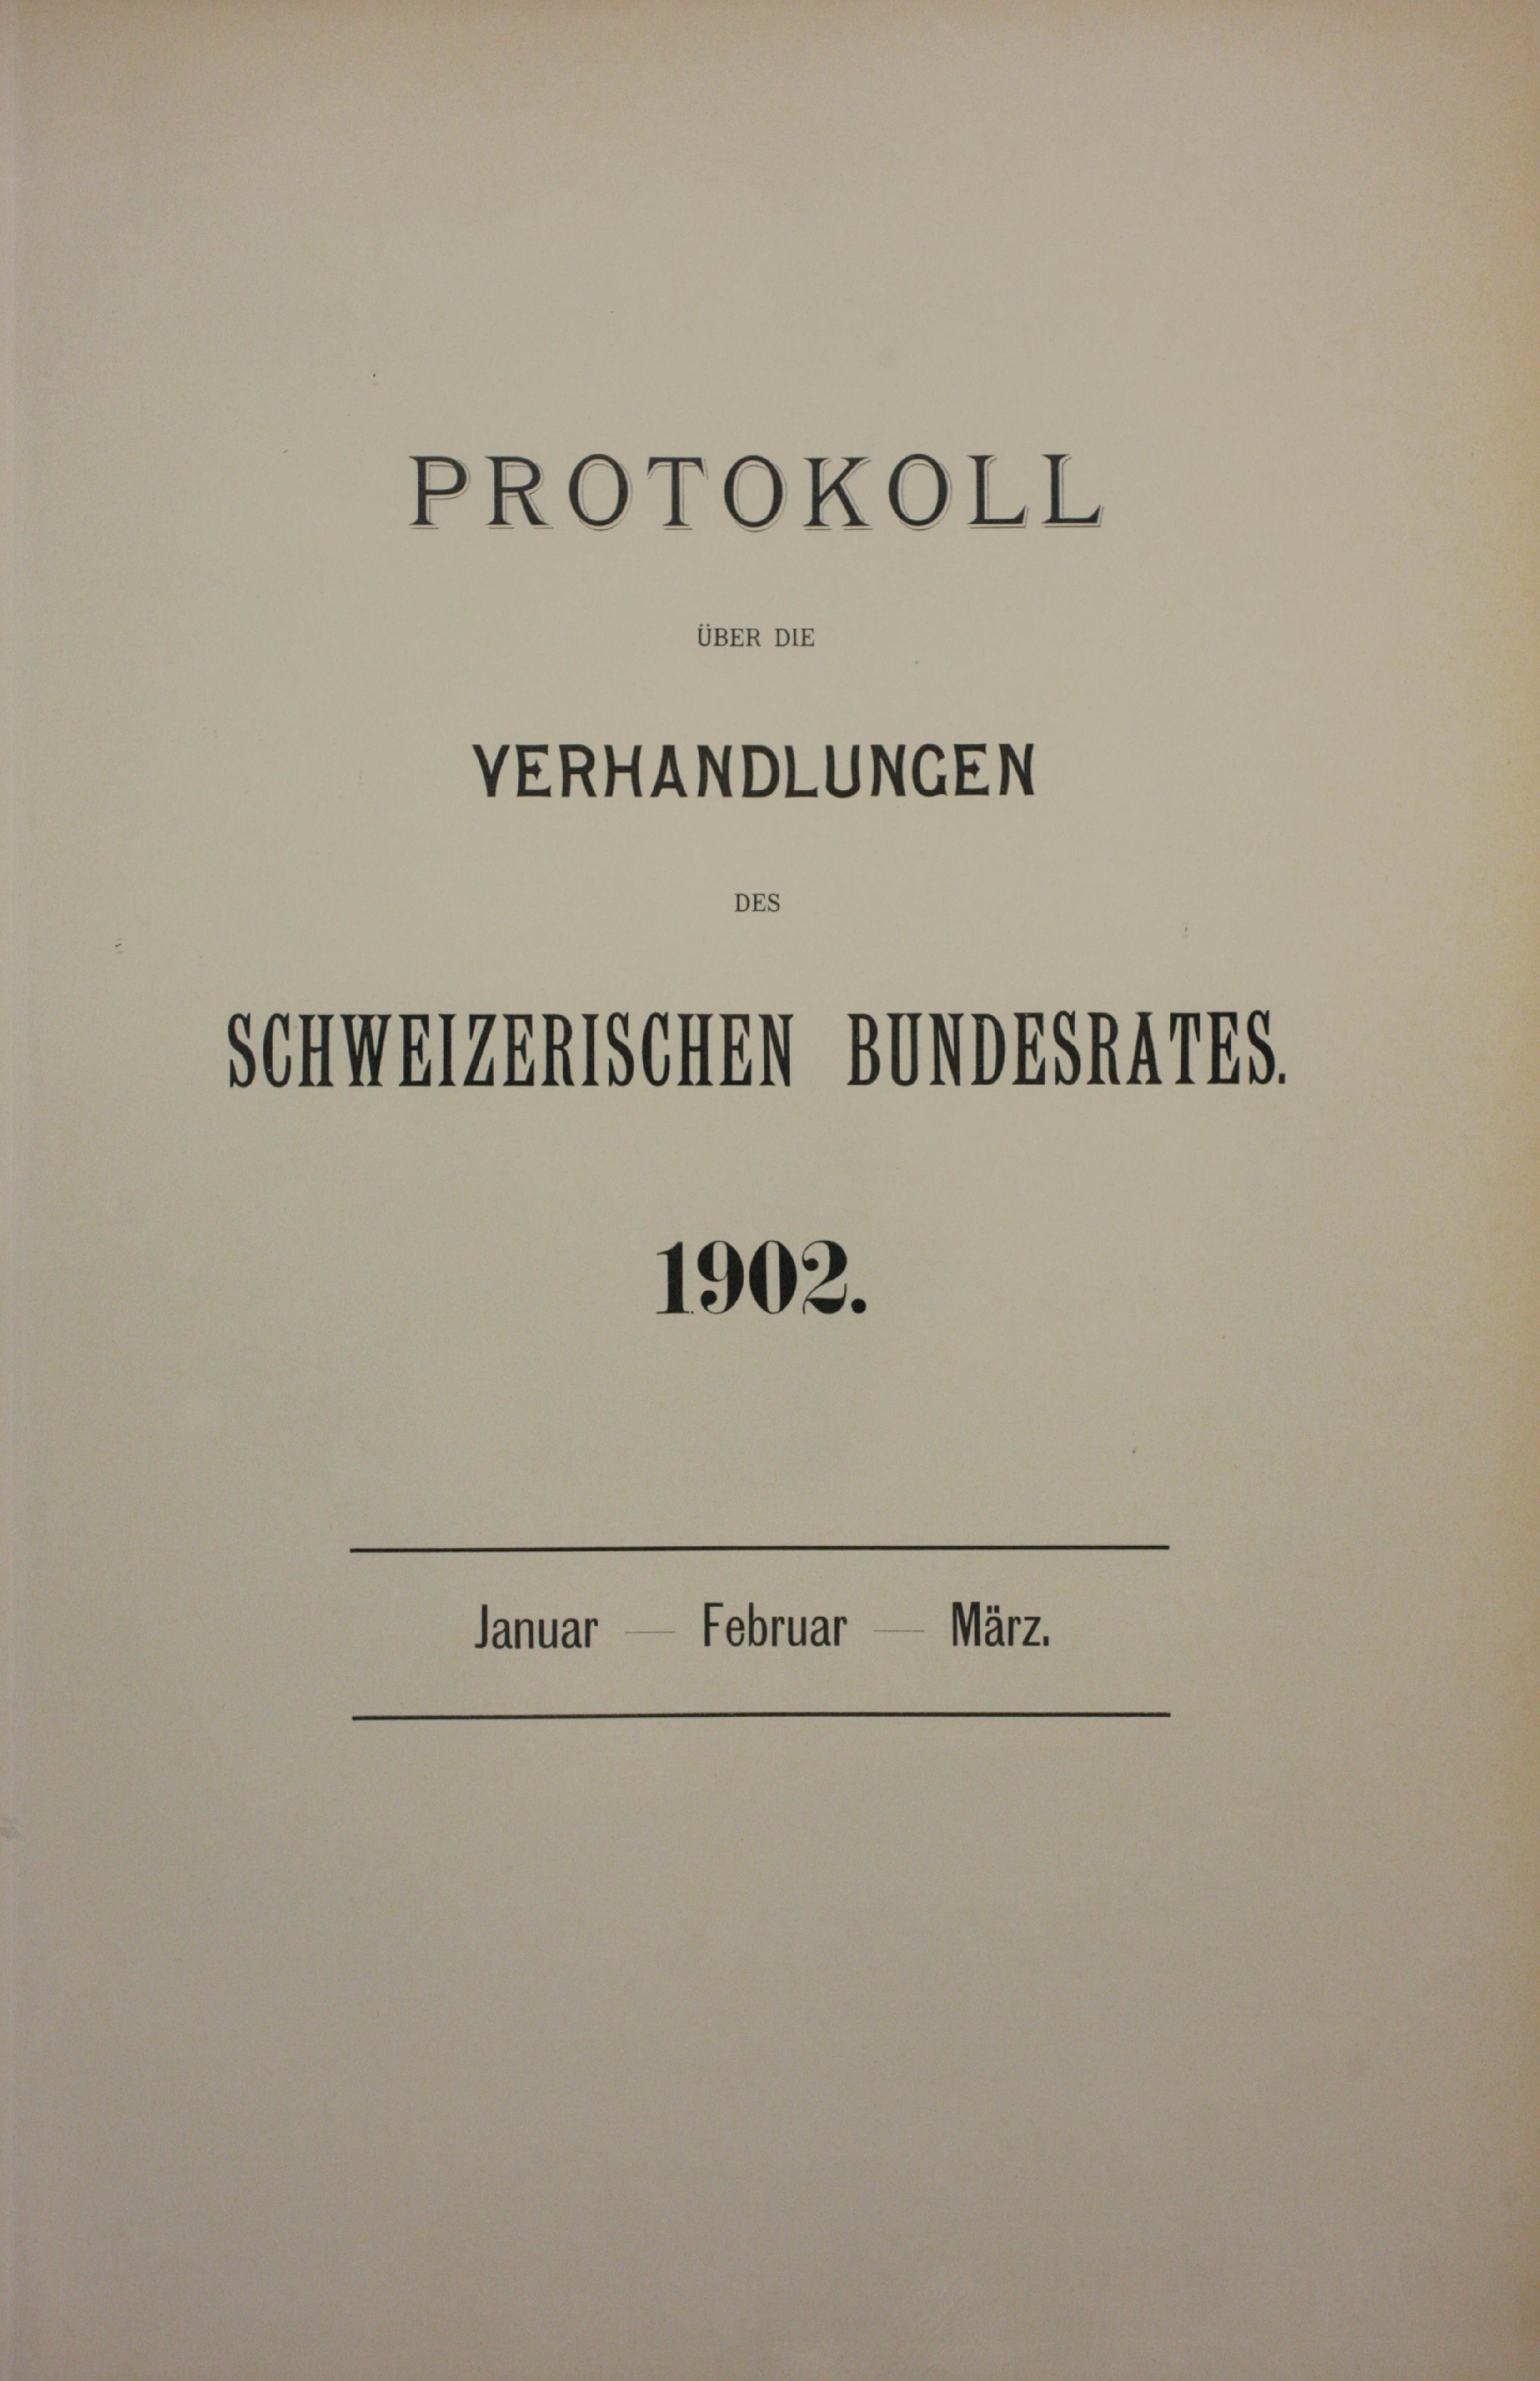
PROTOKOLL

VERHANDLUNGEN
Schwerenischen Sondes 1785.

UBER DIE

1902.
Januar — Februar — März.